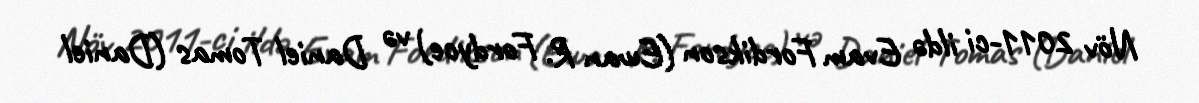
Növ 2011-ci ildə Evam Fordikson (Ewan R. Fordyce) və Daniel Tomas (Daniel